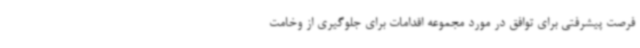
فرصت پیشرفتی برای توافق در مورد مجموعه اقدامات برای جلوگیری از وخامت